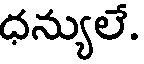
ధన్యులే.